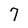
Character: 7